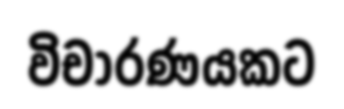
විචාරණයකට